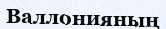
Валлонияның